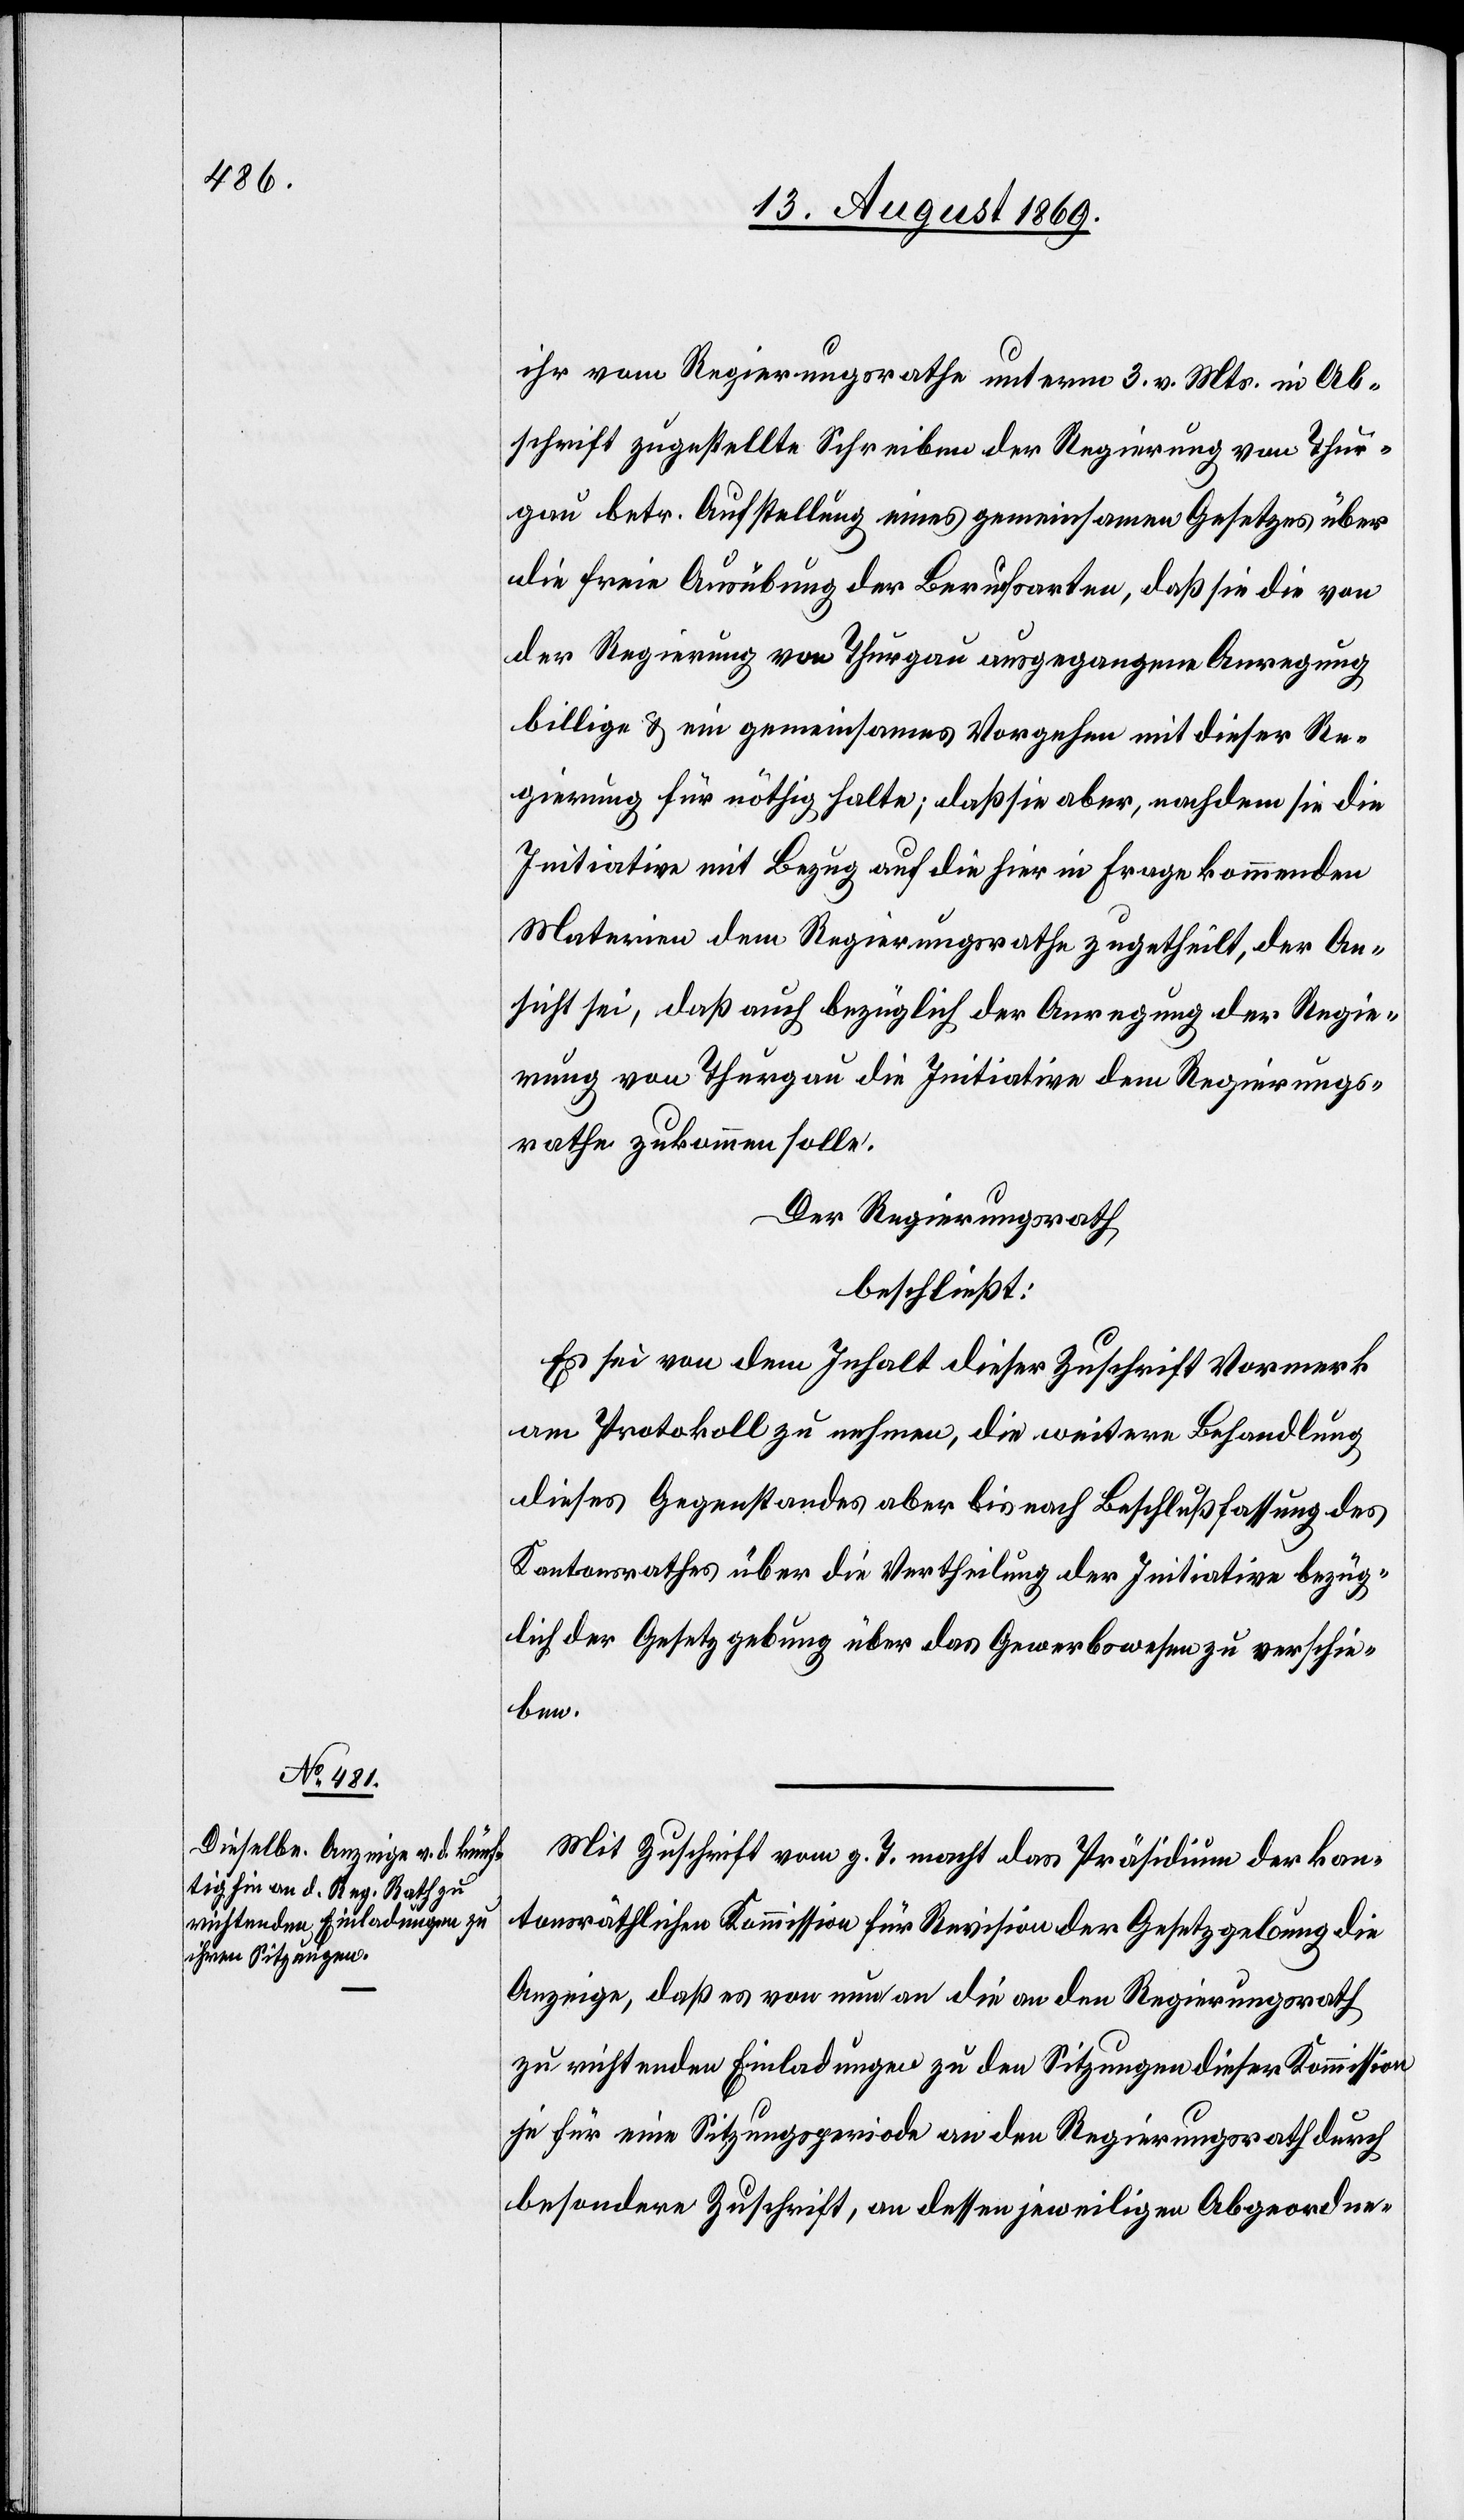
ihr vom Regierungsrathe unterm 3 v. Mts. in Ab¬
schrift zugestellte Schreiben der Regierung von Thur¬
gau betr. die Aufstellung eines gemeinsamen Gesetzes über
die freie Ausübung der Berufsarten, daß sie die von
der Regierung von Thurgau ausgegangene Anregung
billige & ein gemeinsames Vorgehen mit dieser Re¬
gierung für nöthig halte; daß sie aber, nachdem sie die
Initiative mit Bezug auf die hier in Frage kommenden
Materien dem Regierungsrathe zugetheilt, der An¬
sicht sei, daß auch bezüglich der Anregung der Regie¬
rung von Thurgau die Initiative dem Regierungs¬
rathe zukommen solle.
Der Regierungsrath
beschließt:
Es sei von dem Inhalt dieser Zuschrift Vormerk
am Protokoll zu nehmen, die weitere Behandlung
dieses Gegenstandes aber bis nach Beschlußfassung des
Kantonsrathes über die Vertheilung der Initiative bezüg¬
lich der Gesetzgebung über das Gewerbswesen zu verschie¬
ben.
Mit Zuschrift vom g. T. macht das Präsidium der kan¬
tonsräthlichen Kommission für Revision der Gesetzgebung die
Anzeige, daß es von nun an die an den Regierungsrath
zu richtenden Einladungen zu den Sitzungen dieser Kommission
je für eine Sitzungsperiode an den Regierungsrath durch
besondere Zuschrift, an dessen jeweiligen Abgeordne-